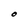
Character: O